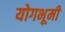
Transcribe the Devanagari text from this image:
योगभूमी